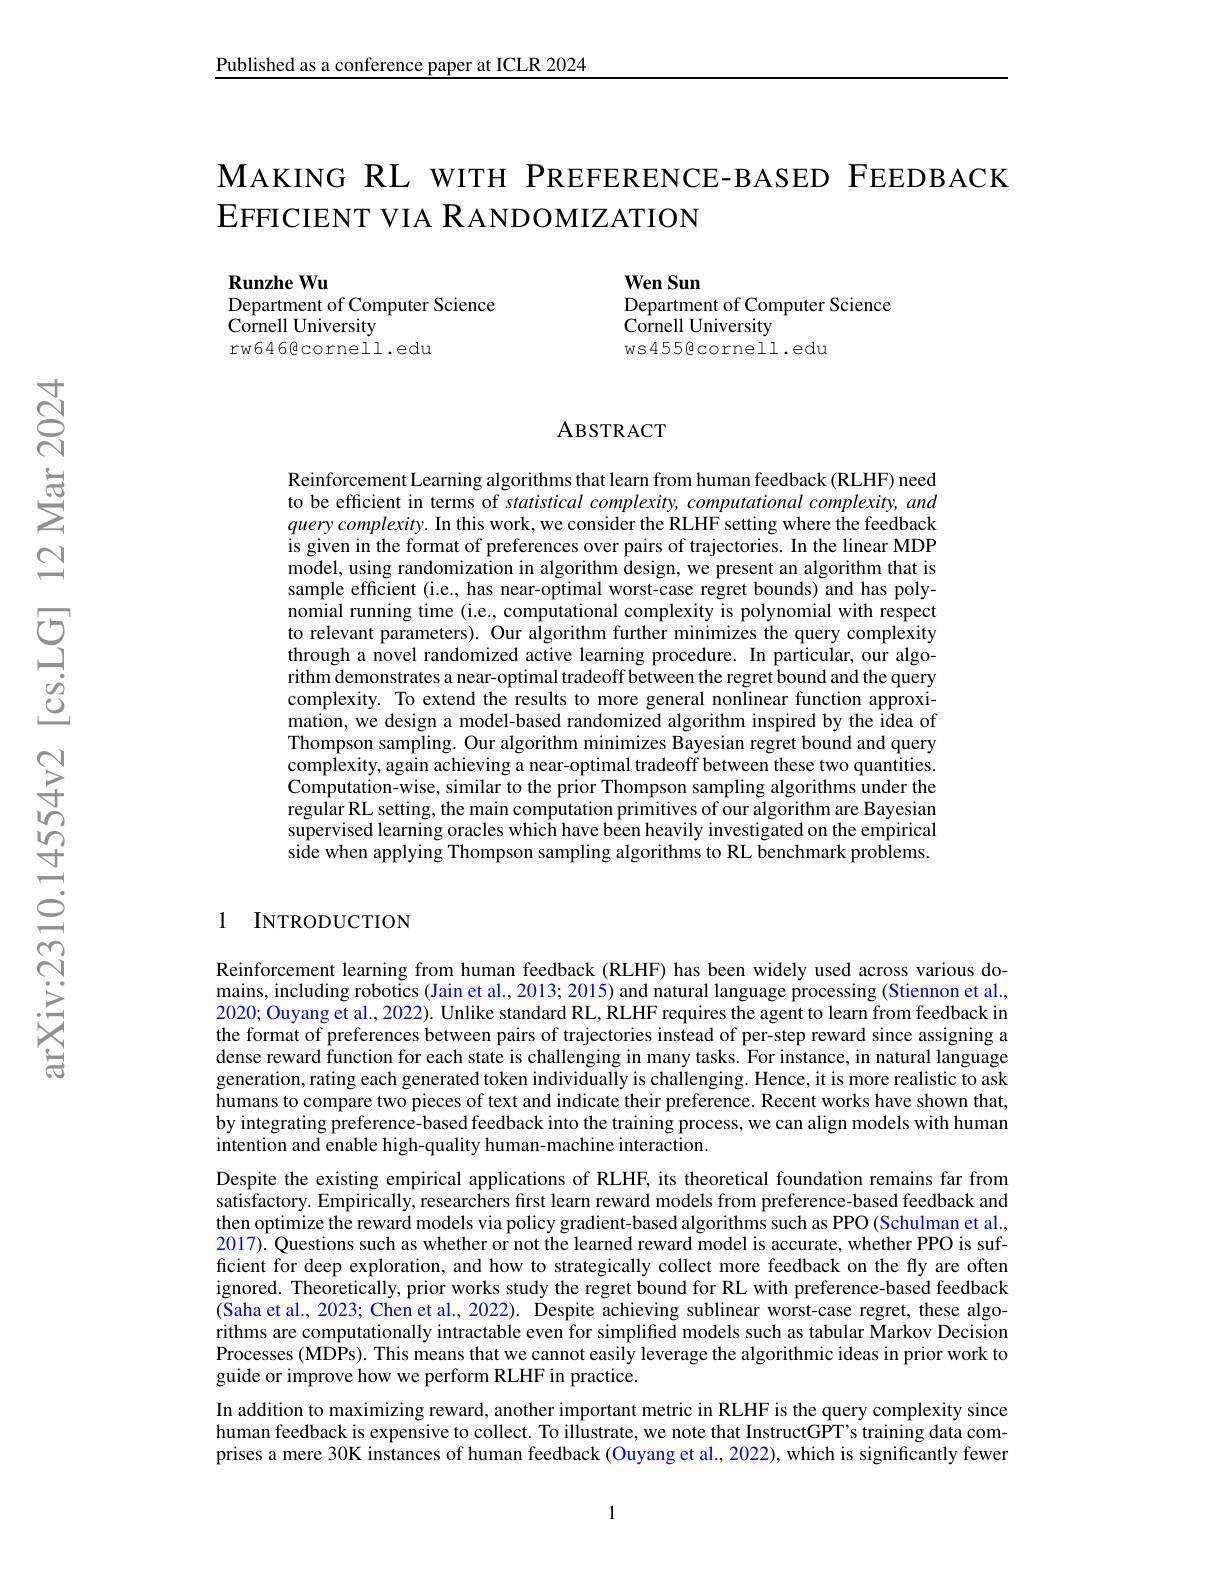
Published as a conference paper at ICLR 2024

# MАКING RL WITH PREFERENCE-BASED FEEDBACK EFFICIENT VIA RANDOMIZATION

Runzhe Wu
Department of Computer Science
$\hat{\text{Cornell University}}$
rw6468cornell.edu

Wen Sun
Department of Computer Science
$\hat{\text{Cornell University}}$
ws455@cornell.edu

### ABSTRACT

Reinforcement Learning algorithms that learn from human feedback (RLHF) need to be efficient in terms of statistical complexity, computational complexity, and $querycomplexity.$ In this work, we consider the RLHF setting where the feedback is given in the format of preferences over pairs of trajectories. In the linear MDP model, using randomization in algorithm design, we present an algorithm that is sample efficient (i.e., has near-optimal worst-case regret bounds) and has polynomial running time (i.e., computational complexity is polynomial with respect to relevant parameters). Our algorithm further minimizes the query complexity through a novel randomized active learning procedure. In particular, our algorithm demonstrates a near-optimal tradeoff between the regret bound and the query complexity. To extend the results to more general nonlinear function approximation, we design a model-based randomized algorithm inspired by the idea of Thompson sampling. Our algorithm minimizes Bayesian regret bound and query complexity, again achieving a near-optimal tradeoff between these two quantities. Computation-wise, similar to the prior Thompson sampling algorithms under the regular RL setting, the main computation primitives of our algorithm are Bayesian supervised learning oracles which have been heavily investigated on the empirical side when applying Thompson sampling algorithms to RL benchmark problems.

## 1 INTRODUCTION

Reinforcement learning from human feedback (RLHF) has been widely used across various domains, including robotics (Jain et al., 2013; 2015) and natural language processing (Stiennon et al., 2020; Ouyang et al., 2022). Unlike standard RL, RLHF requires the agent to learn from feedback in the format of preferences between pairs of trajectories instead of per-step reward since assigning a dense reward function for each state is challenging in many tasks. For instance, in natural language generation, rating each generated token individually is challenging. Hence, it is more realistic to ask humans to compare two pieces of text and indicate their preference. Recent works have shown that, by integrating preference-based feedback into the training process, we can align models with human intention and enable high-quality human-machine interaction.
Despite the existing empirical applications of RLHF, its theoretical foundation remains far from satisfactory. Empirically, researchers first learn reward models from preference-based feedback and then optimize the reward models via policy gradient-based algorithms such as PPO (Schulman et al., $2017).\hat{\text{ Questions such as whether or not the learned reward model is accurate, whether PPO is suf- }}$ ficient for deep exploration, and how to strategically collect more feedback on the fly are often ignored. Theoretically, prior works study the regret bound for RL with preference-based feedback $(\tilde{\text{Saha et al., 2023; Chen et al., 2022). Despite achieving sublinear worst-case regret, these algo-}}$ rithms are computationally intractable even for simplified models such as tabular Markov Decision Processes (MDPs). This means that we cannot easily leverage the algorithmic ideas in prior work to guide or improve how we perform RLHF in practice.
In addition to maximizing reward, another important metric in RLHF is the query complexity since human feedback is expensive to collect. To illustrate, we note that InstructGPT's training data comprises a mere 30K instances of human feedback (Ouyang et al., 2022), which is significantly fewer

1